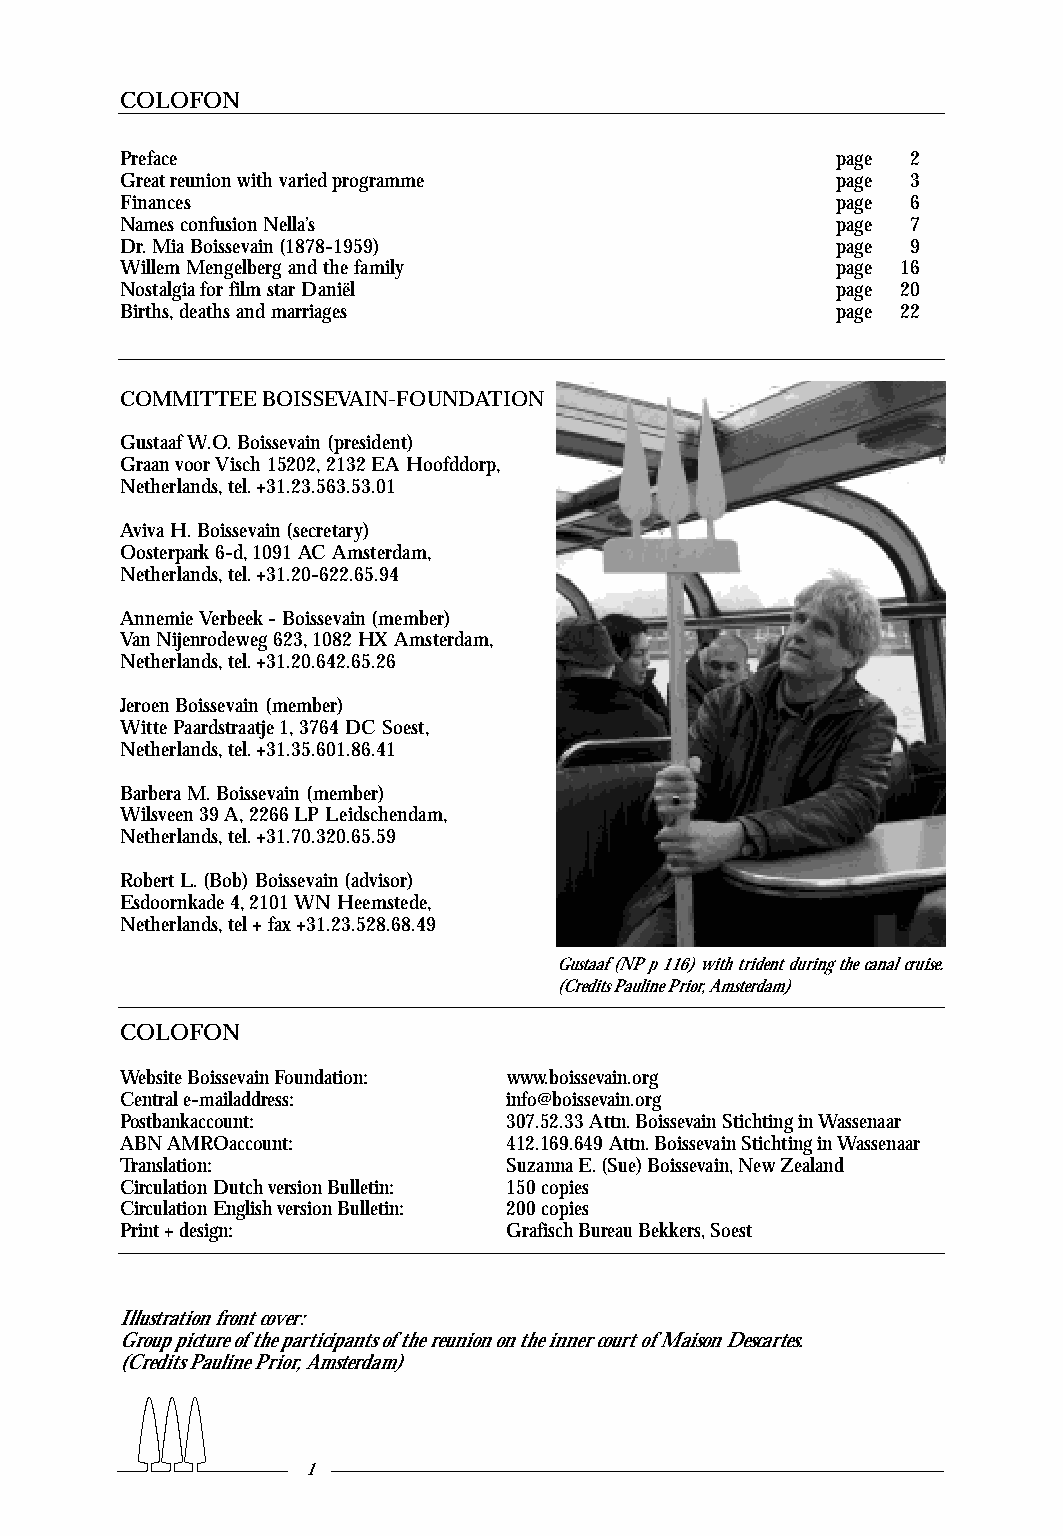
COLOFON
 Preface                                        page 2
 Great reunion with varied programme            page 3
 Finances                                       page 6
 Names confusion Nella’s                        page 7
 Dr.Mia Boissevain (1878-1959)                  page 9
 Willem Mengelberg and the family               page 16
 Nostalgia for film star Daniël                 page 20
 Births,deaths and marriages                    page 22
 COMMITTEE BOISSEVAIN-FOUNDATION
 Gustaaf W.O.Boissevain (president)
 Graan voor Visch 15202,2132 EA Hoofddorp,
 Netherlands,tel.+31.23.563.53.01
 Aviva H.Boissevain (secretary)
 Oosterpark 6-d,1091 AC Amsterdam,
 Netherlands,tel.+31.20-622.65.94
 Annemie Verbeek - Boissevain (member)
 Van Nijenrodeweg 623,1082 HX Amsterdam,
 Netherlands,tel.+31.20.642.65.26
 Jeroen Boissevain (member)
 Witte Paardstraatje 1,3764 DC Soest,
 Netherlands,tel.+31.35.601.86.41
 Barbera M.Boissevain (member)
 Wilsveen 39 A,2266 LP Leidschendam,
 Netherlands,tel.+31.70.320.65.59
 Robert L.(Bob) Boissevain (advisor)
 Esdoornkade 4,2101 WN Heemstede,
 Netherlands,tel + fax +31.23.528.68.49
 Gustaaf(NP p 116) with trident during the canal cruise.
 (Credits Pauline Prior,Amsterdam)
 COLOFON
 Website Boissevain Foundation: www.boissevain.org
 Central e-mailaddress:    info@boissevain.org
 Postbankaccount:          307.52.33 Attn.Boissevain Stichting in Wassenaar
 ABN AMROaccount:          412.169.649 Attn.Boissevain Stichting in Wassenaar
 Translation:              Suzanna E.(Sue) Boissevain,New Zealand
 Circulation Dutch version Bulletin: 150 copies
 Circulation English version Bulletin: 200 copies
 Print + design:           Grafisch Bureau Bekkers,Soest
 Illustration front cover:
 Group picture ofthe participants ofthe reunion on the inner court ofMaison Descartes.
 (Credits Pauline Prior,Amsterdam)
 1